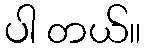
ပါ တယ်။